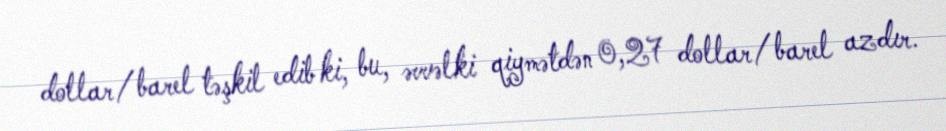
dollar/barel təşkil edib ki, bu, əvvəlki qiymətdən 0,27 dollar/barel azdır.